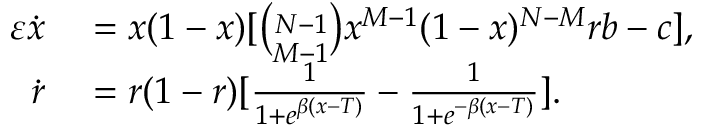
\begin{array} { r l } { \varepsilon \dot { x } } & { { } = x ( 1 - x ) [ \binom { N - 1 } { M - 1 } x ^ { M - 1 } ( 1 - x ) ^ { N - M } r b - c ] , } \\ { \dot { r } } & { { } = r ( 1 - r ) [ \frac { 1 } { 1 + e ^ { \beta ( x - T ) } } - \frac { 1 } { 1 + e ^ { - \beta ( x - T ) } } ] . } \end{array}